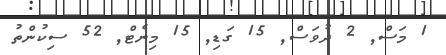
1 މަސް